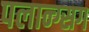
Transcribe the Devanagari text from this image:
पलान्ग्सग